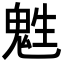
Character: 𩲵